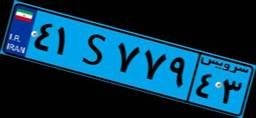
۴۱S۷۷۹۴۳